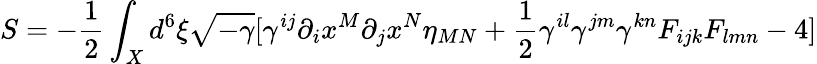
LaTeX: S=-\frac{1}{2}\int_{X}d^{6}\xi\sqrt{-\gamma}[\gamma^{ij}\partial_{i}x^{M}\partial_{j}x^{N}\eta_{MN}+\frac{1}{2}\gamma^{il}\gamma^{jm}\gamma^{kn}F_{ijk}F_{lmn}-4]